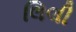
લિલી